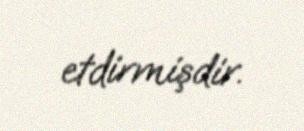
etdirmişdir.